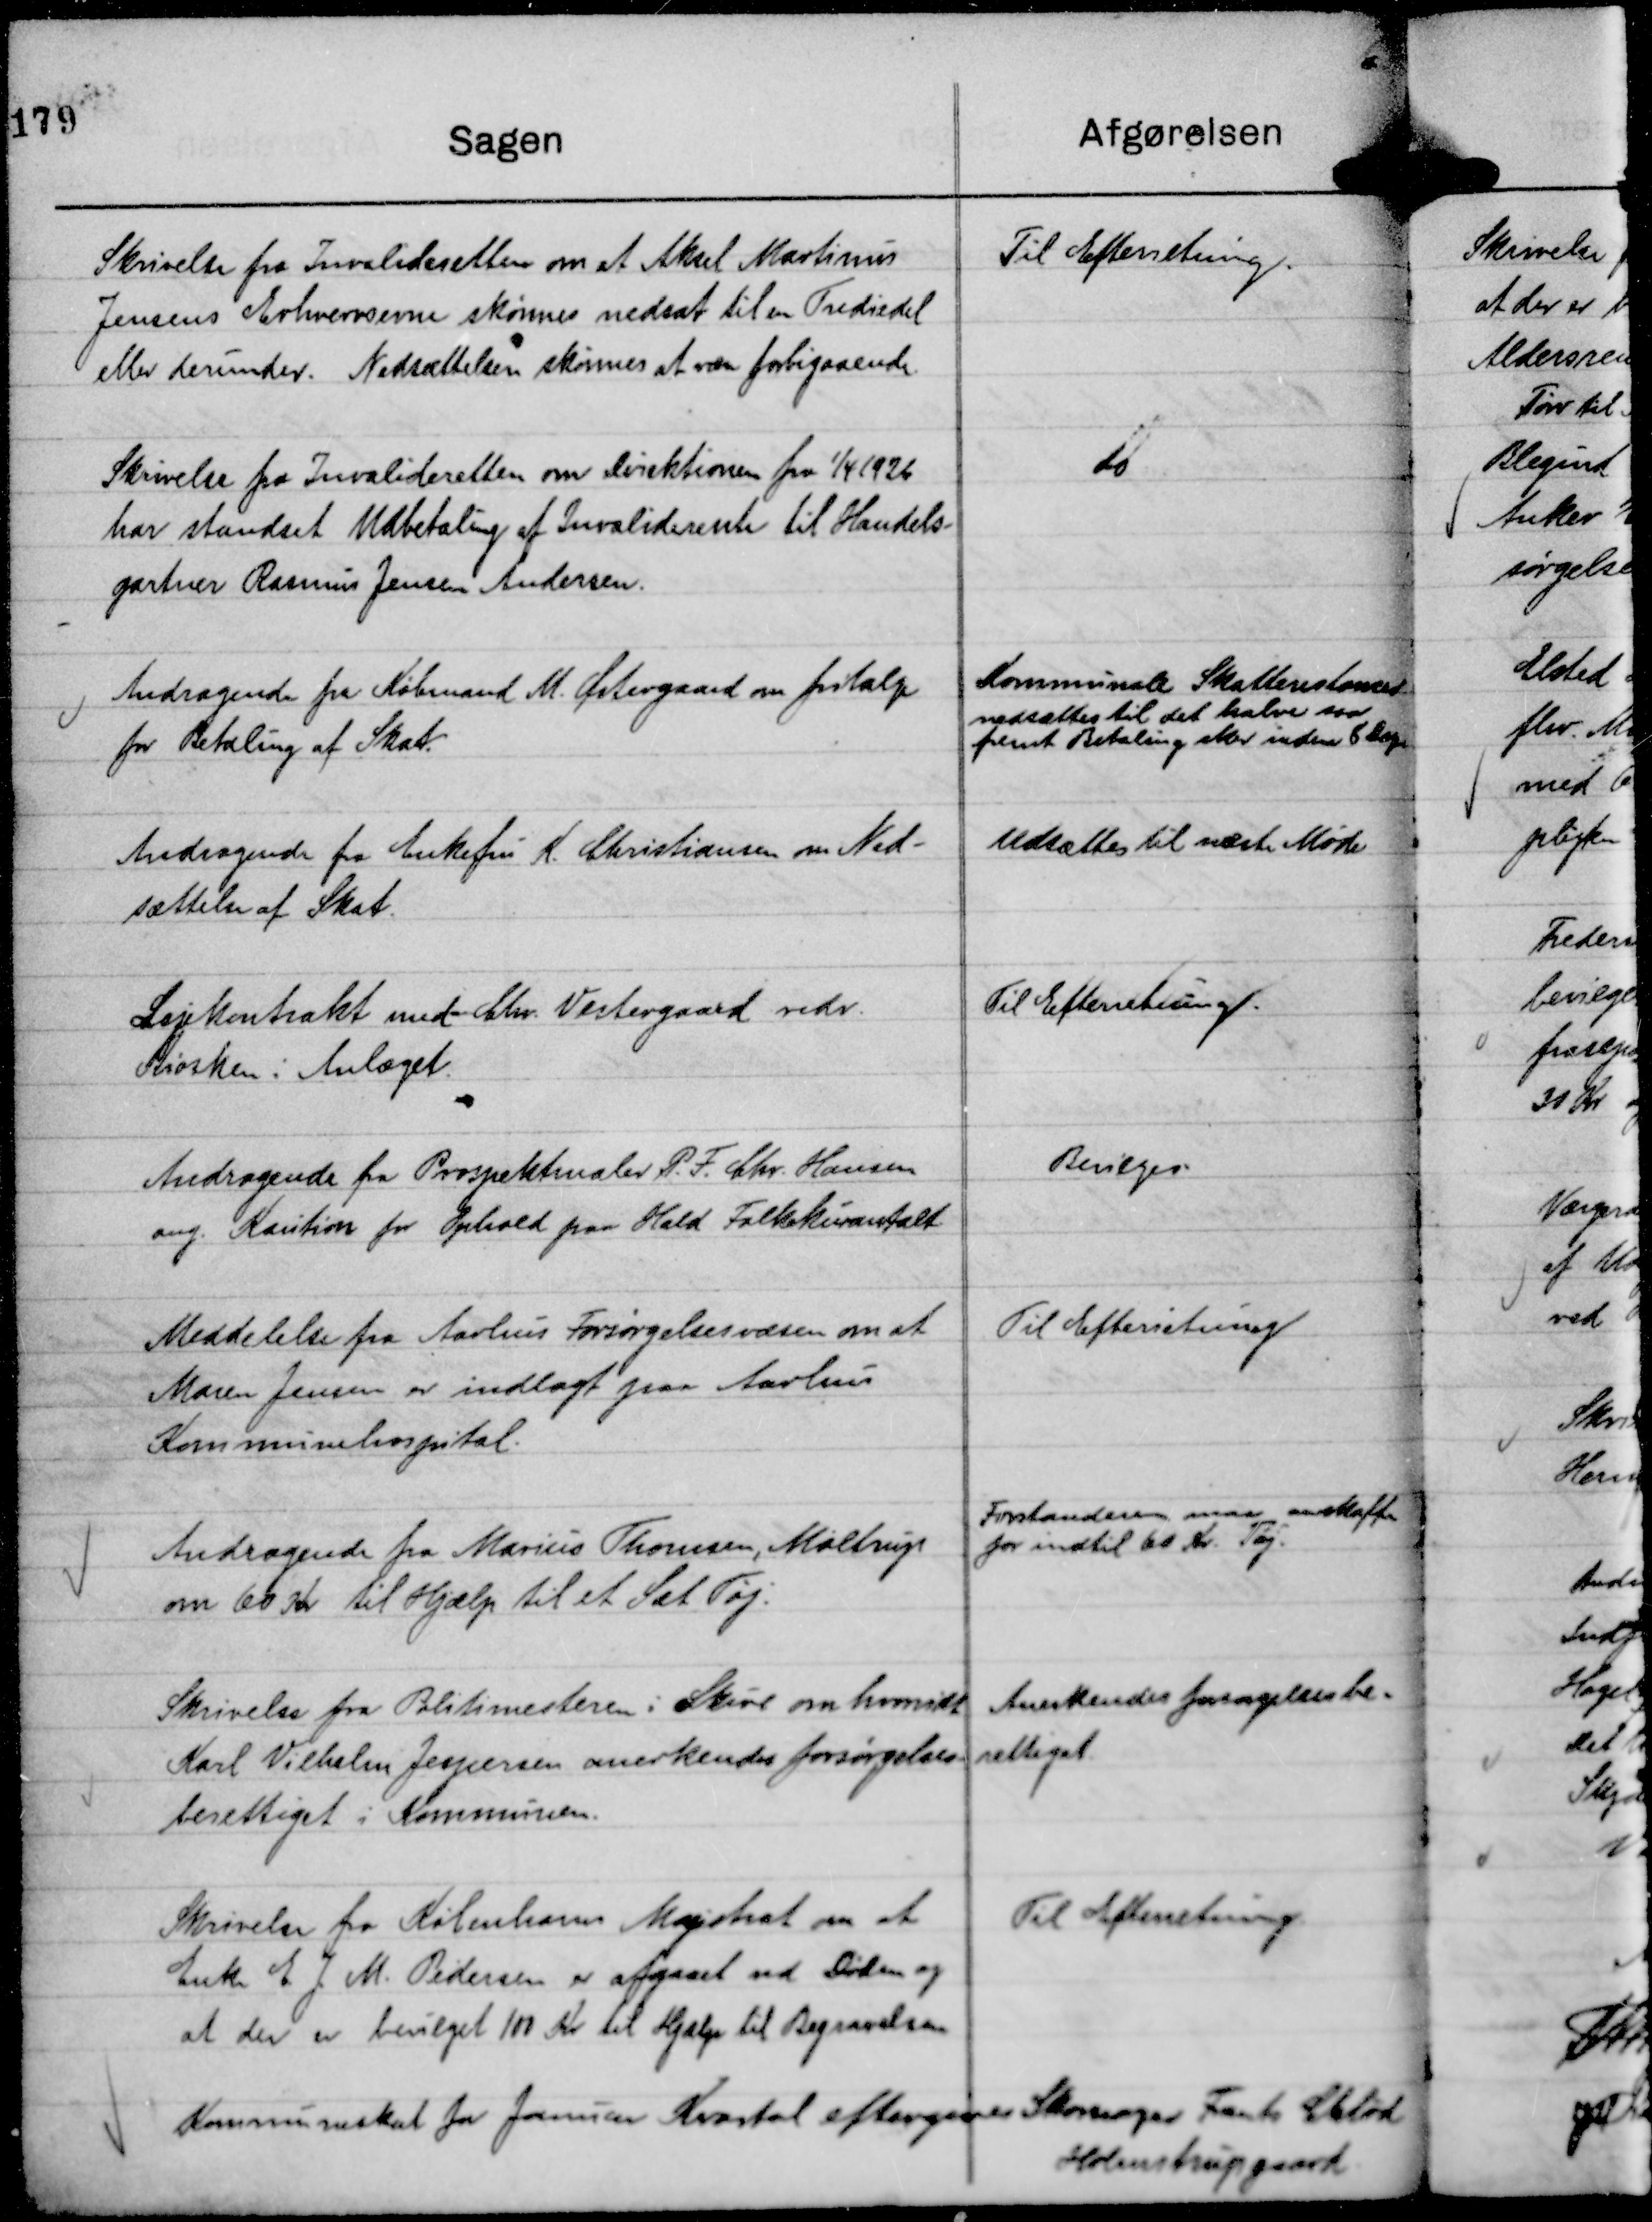
Transskription:
Skrivelse fra Invalideretten om at Aksel Martinus
Jensens Erhvervsevne skønnes nedsat til en Trediedel
eller derunder. Nedsættelsen skønnes at være forbigaaende.

Til Efterretning.

Skrivelse fra Invalderetten om Direktionen fra

1/4 1926
har standset Udbetaling af Invaliderente til Handels-
gartner Rasmus Jensen Andersen.

do

Andragende fra Købmand M. Østergaard om fritalge
for Betaling af Skat.

Kommunale Skatterestancer
nedsættes til det halve saa
fremt Betaling sker inden 8 Dage

Andragende fra Enkefru K. Christiansen om Ned-
sættelse af Skat.

Udsættes til næste Møde

Lejekontrakt med Chr. Vestergaard vedr.
Kiosken i Anlæget.

Til Efterretning.

Andragende fra Prospektmaler P. F. Chr. Hansen
ang. Kaution for Ophold paa Hald Folkekuranstalt.

Bevilges.

Meddelelse fra Aarhus Forsørgelsesvæsen om at
Maren Jensen er indlagt paa Aarhus
Kommunehospital.

Til Efterretning

Andragende fra Marius Thomsen, Møltrup
om 60 Kr til Hjælp til et Sæt Tøj.

Forstanderen maa anskaffe
for indtil 60 Kr. Tøj.

Skrivelse fra Politimesteren i Skive om hvorvidt
Karl Vilhelm Jespersen anerkendes forsørgelses-
berettiget i Kommunen.

Anerkendes forsørgelsesbe-
rettiget

Skrivelse fra Københavns Magistrat om at
Enke E. J. M. Pedersen er afgaaet ved Døden og
at der er bevilget 100 Kr til Hjælp til Begravelsen

Til Efterretning

Kommuneskat for Januar Kvartal eftergives Skomager Frants Cblød
Holmstrupgaard